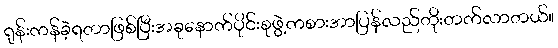
ရုန်းကန်ခဲ့ရတာဖြစ်ပြီးအခုနောက်ပိုင်းစုဖွဲ့ကစားအာပြန်လည်တိုးတက်လာတယ်။